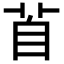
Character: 𦤄